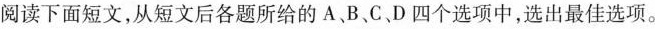
阅读下面短文,从短文后各题所给的 A、B、C、D 四个选项中,选出最佳选项。